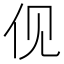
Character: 伣